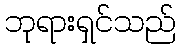
ဘုရားရှင်သည်